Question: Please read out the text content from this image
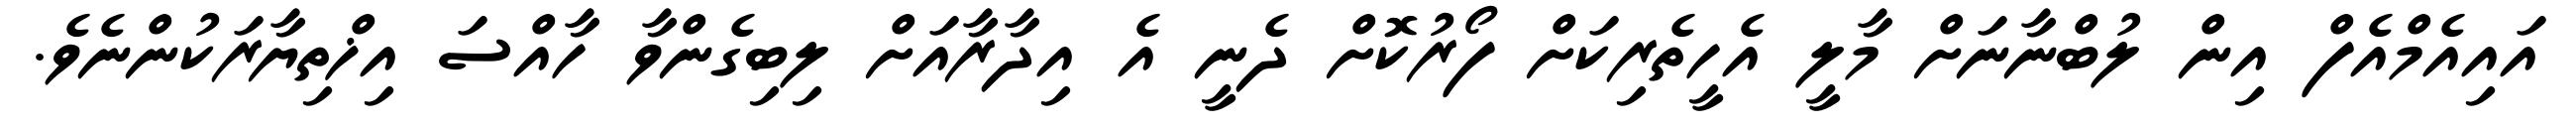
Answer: އައިއެމްއެފް އިން ލުބްނާނަށް މާލީ އެހީތެރިކަށް ފޯރުކޮށް ދެނީ އެ އިދާރާއަށް ލިބިގެންވާ ހާއްސަ އިޚްތިޔާރަކުންނެވެ.